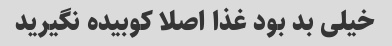
خیلی بد بود غذا اصلا کوبیده نگیرید